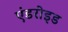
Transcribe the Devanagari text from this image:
एंडरोइड